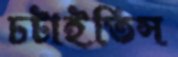
চটাইতিস